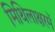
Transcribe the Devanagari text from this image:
मिथिलाक्षरमें